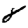
Digit: 8